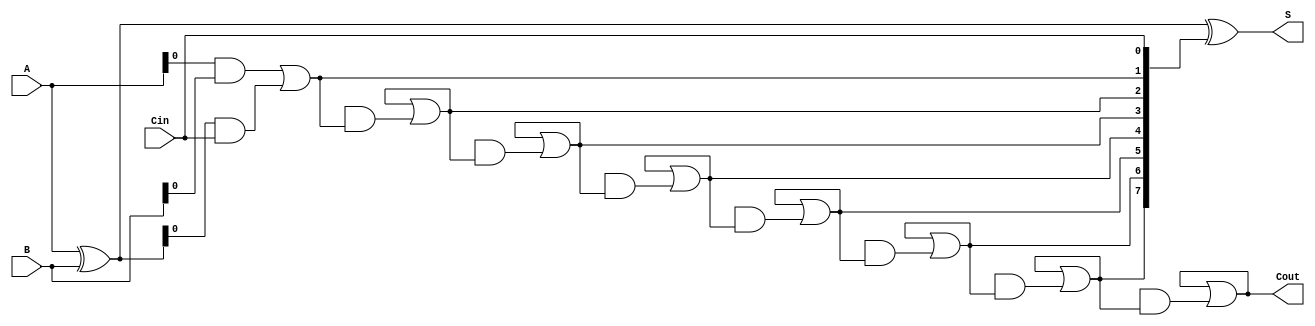
module brent_kung_adder #(parameter N = 8) (
    input  [N-1:0] A,
    input  [N-1:0] B,
    input          Cin,
    output [N-1:0] S,
    output         Cout
);

    // Generate (G) and Propagate (P) signals
    wire [N-1:0] G, P;
    wire [N:0] C; // Carry signals

    // Generate and Propagate calculations
    assign G = A & B;
    assign P = A ^ B;

    // Initial carry input
    assign C[0] = Cin;

    // Brent-Kung carry tree (levels)
    genvar i, j;
    generate
        for (i = 0; i < N; i = i + 1) begin : generate_carry
            if (i == 0) begin
                assign C[i+1] = G[i] | (P[i] & C[i]); // C0 and level 0
            end else begin
                wire [i:0] G_temp;
                wire [i:0] P_temp;
                assign G_temp[i] = G[i] | (P[i] & C[i]);
                assign P_temp[i] = P[i];

                for (j = 0; j < i; j = j + 1) begin : carry_levels
                    assign G_temp[j] = G_temp[j] | (P_temp[j] & C[i]);
                end
                assign C[i+1] = G_temp[i-1];
            end
        end
    endgenerate

    // Sum calculation
    assign S = P ^ C[N-1:0]; // S[i] = P[i] XOR C[i]

    // Final carry out
    assign Cout = C[N];

endmodule